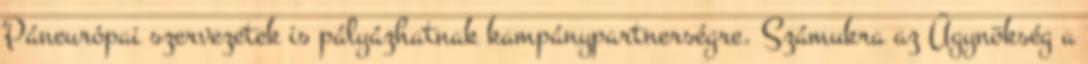
Páneurópai szervezetek is pályázhatnak kampánypartnerségre. Számukra az Ügynökség a